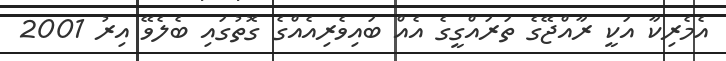
އެމެރިކާ އަކީ ރާއްޖޭގެ ތަރައްގީގެ އެއް ބައިވެރިއެއްގެ ގޮތުގައި ބެލެވޭ އިރު 2001